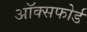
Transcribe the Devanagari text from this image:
अॉक्सफोर्ड